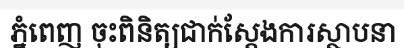
ភ្នំពេញ ចុះពិនិត្យជាក់ស្តែងការស្ថាបនា